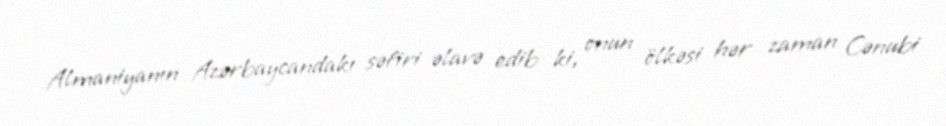
Almaniyanın Azərbaycandakı səfiri əlavə edib ki, onun ölkəsi hər zaman Cənubi